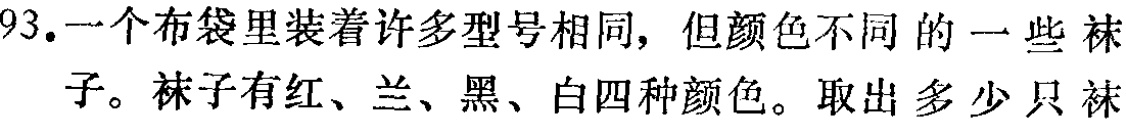
93. 一个布袋里装着许多型号相同，但颜色不同的一些袜子。袜子有红、兰、黑、白四种颜色。取出多少只袜